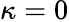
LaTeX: \kappa=0